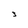
Character: 3